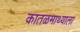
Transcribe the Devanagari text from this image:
कातळमाथ्याला